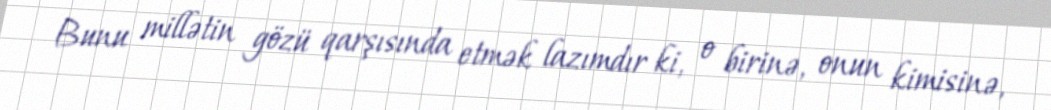
Bunu millətin gözü qarşısında etmək lazımdır ki, o birinə, onun kimisinə,